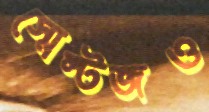
স্মেল্টজও